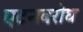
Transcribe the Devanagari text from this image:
एटनबरोघ